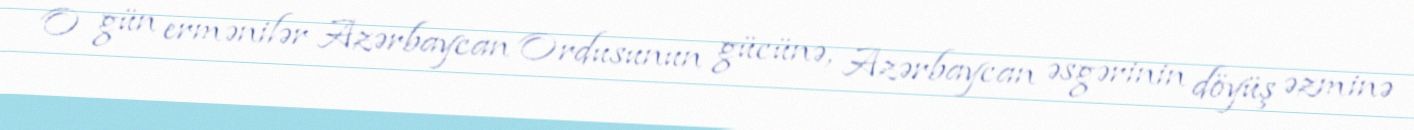
O gün ermənilər Azərbaycan Ordusunun gücünə, Azərbaycan əsgərinin döyüş əzminə